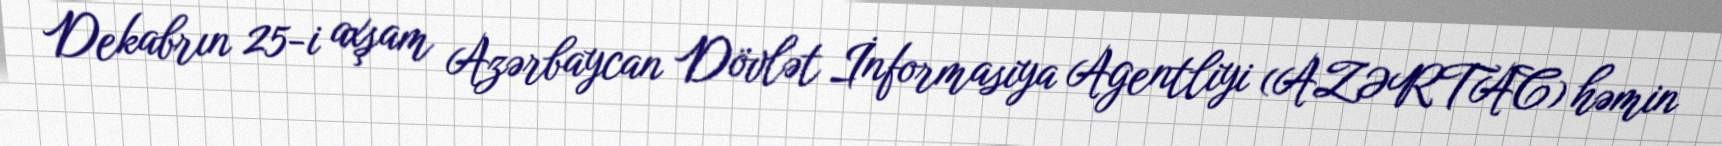
Dekabrın 25-i axşam Azərbaycan Dövlət İnformasiya Agentliyi (AZƏRTAC) həmin